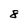
Character: 8